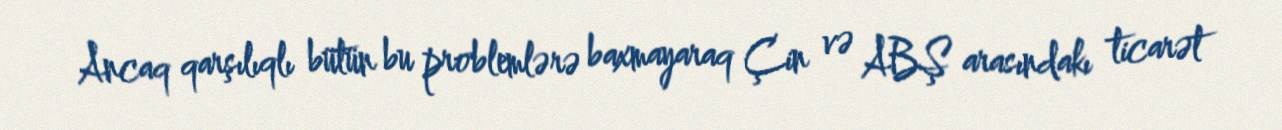
Ancaq qarşılıqlı bütün bu problemlərə baxmayaraq Çin və ABŞ arasındakı ticarət